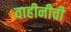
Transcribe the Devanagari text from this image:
वाहीनीची